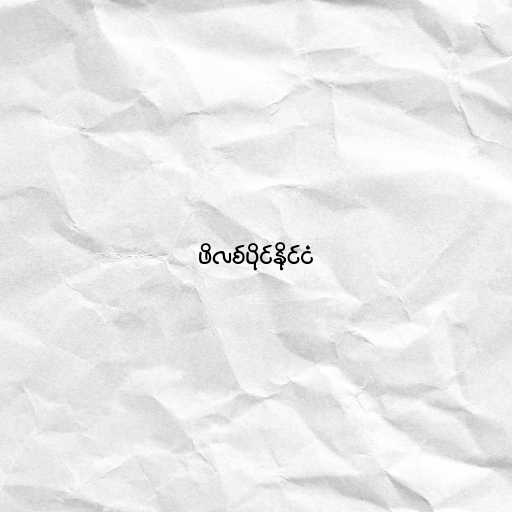
ဖိလစ်ပိုင်နိုင်ငံ